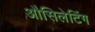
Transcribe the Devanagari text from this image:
औसिलेटिंग